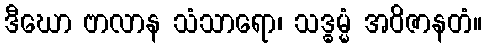
ဒီဃော ဗာလာန သံသာရော၊ သဒ္ဓမ္မံ အဝိဇာနတံ။